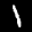
Label: 1